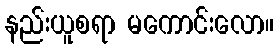
နည်းယူစရာ မကောင်းလော။